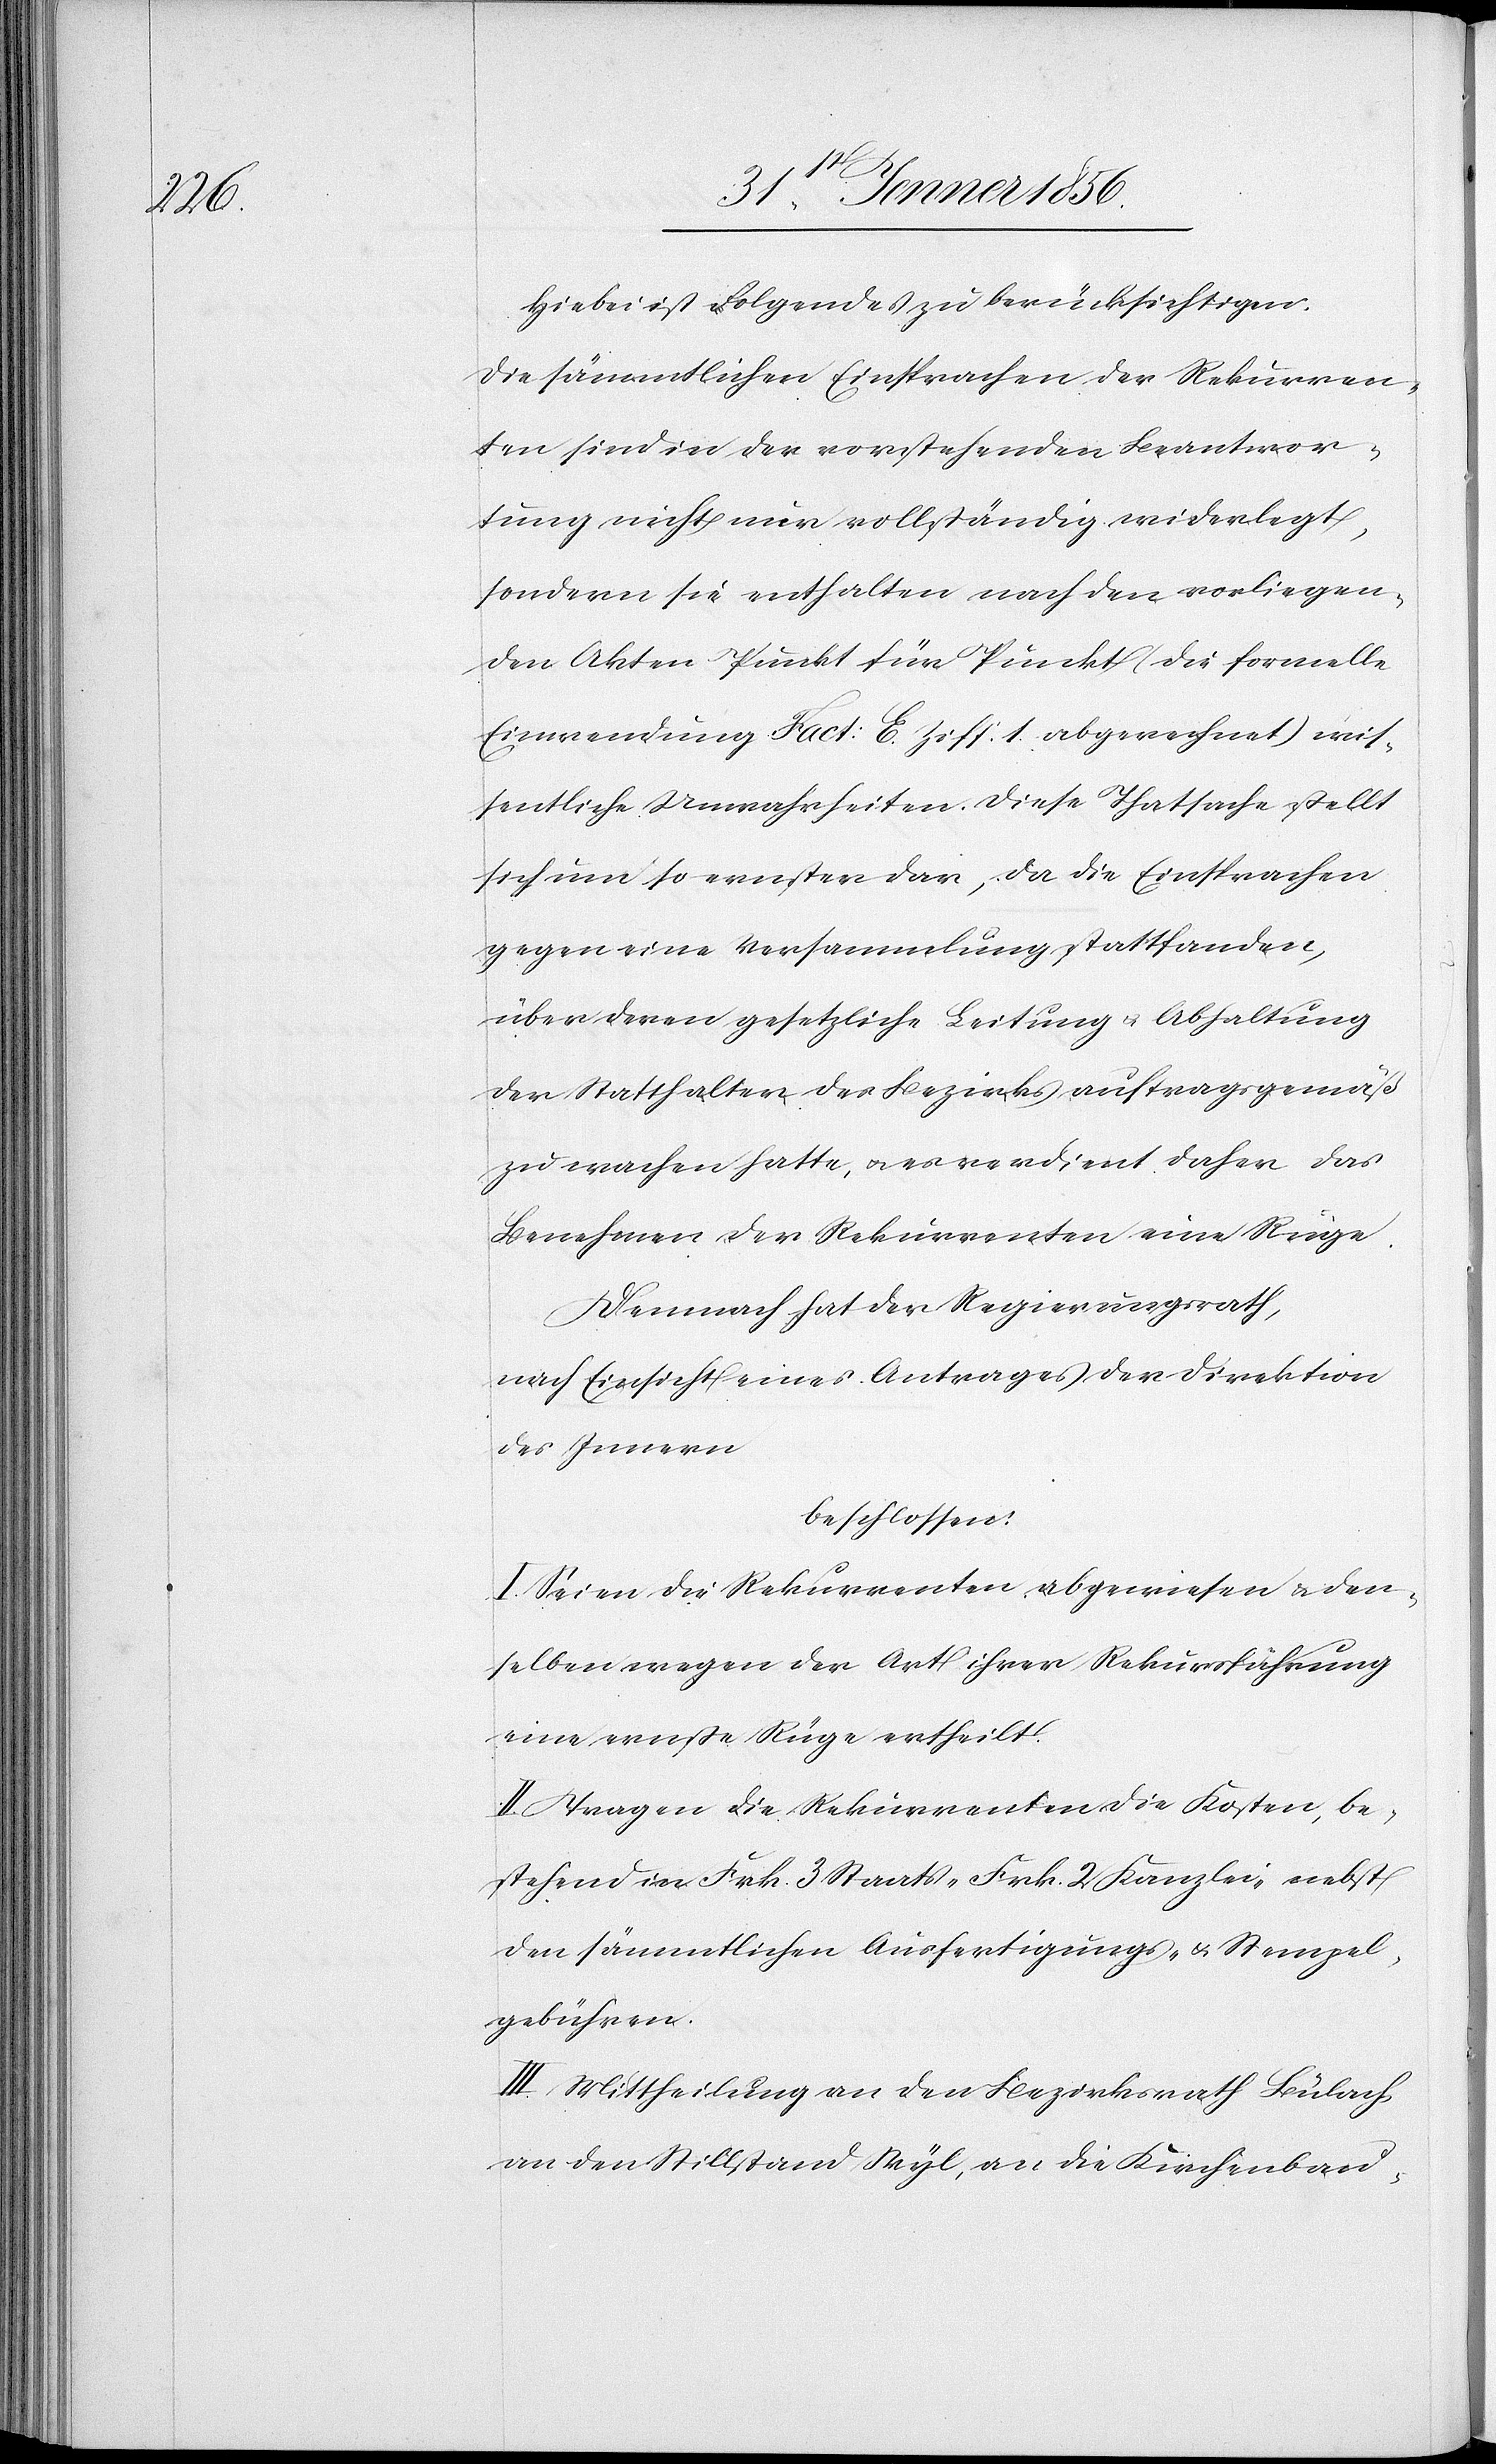
Hiebei ist Folgendes zu berücksichtigen
Die sämmtlichen Einsprachen der Rekurren¬
ten sind in der vorstehenden Beantwor¬
tung nicht nur vollständig widerlegt,
sondern sie enthalten nach den vorliegen¬
den Akten Punkt für Punkt (die formelle
Einwendung Fact: E. Ziff. 1. abgerechnet) wis¬
sentliche Unwahrheiten. Diese Thatsache stellt
sich um so ernster dar, da die Einsprachen
gegen eine Versammlung stattfanden,
über deren gesetzliche Leitung u. Abhaltung
der Statthalter des Bezirks auftragsgemäß
zu wachen hatte, u. es verdient daher das
Benehmen der Rekurrenten eine Rüge.
Demnach hat der Regierungsrath,
nach Einsicht eines Antrages der Direktion
des Innern
beschlossen:
I. Seien die Rekurrenten abgewiesen & den¬
selben wegen der Art ihrer Rekursführung
eine ernste Rüge ertheilt.
II. Tragen die Rekurrenten die Kosten, be¬
stehend in Frk. 3 Staats-[,] Frk. 2 Kanzlei- nebst
den sämmtlichen Ausfertigungs- u. Stempel¬
gebühren.
III. Mittheilung an den Bezirksrath Bülach
an den Stillstand Wyl, an die Kirchenbau-